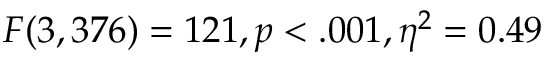
F ( 3 , 3 7 6 ) = 1 2 1 , p < . 0 0 1 , \eta ^ { 2 } = 0 . 4 9